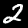
Digit: 2